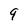
Character: 9